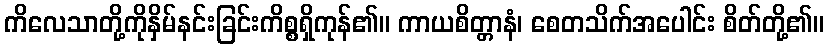
ကိလေသာတို့ကိုနှိမ်နင်းခြင်းကိစ္စရှိကုန်၏။ ကာယစိတ္တာနံ၊ စေတသိက်အပေါင်း စိတ်တို့၏။